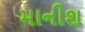
માનીશ